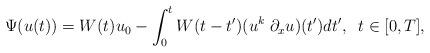
LaTeX: \begin{align*}\Psi(u(t))=W(t)u_0-\int_0^{t} W(t-t')(u^{k} \; \partial_x u)(t')dt',\;\;t\in[0,T],\end{align*}